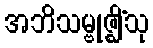
အဘိသမ္ဗုဇ္ဈိံသု